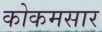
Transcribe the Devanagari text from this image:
कोकमसार